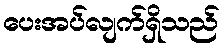
ပေးအပ်လျက်ရှိသည်